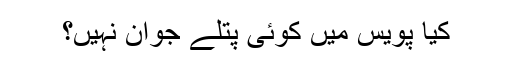
کیا پویس میں کوئی پتلے جوان نہیں؟